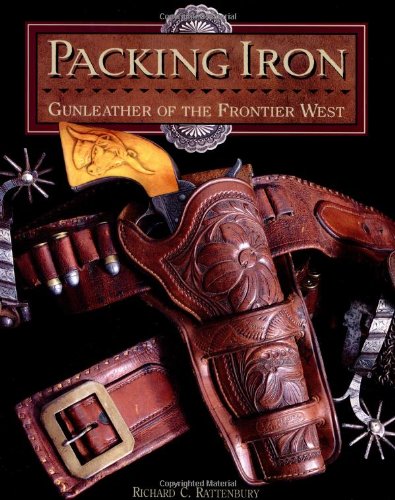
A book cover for Packing Iron: Gun Leather of the Frontier West; Richard C. Rattenbury; Crafts, Hobbies & Home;